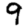
Digit: 9